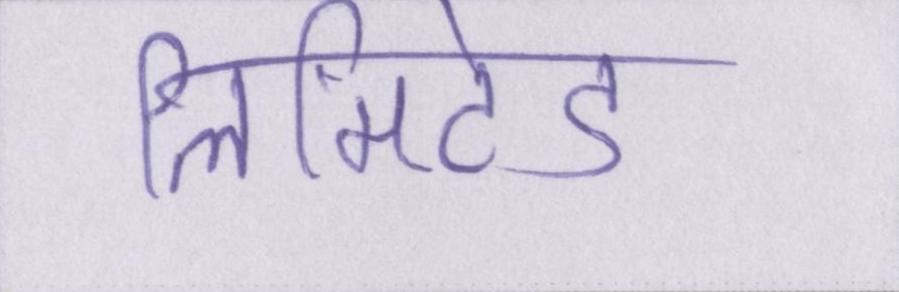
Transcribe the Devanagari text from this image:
लिमिटेड